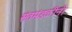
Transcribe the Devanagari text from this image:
संतमंडळींनी